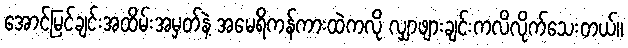
အောင်မြင်ချင်းအထိမ်းအမှတ်နဲ့ အမေရိကန်ကားထဲကလို လျှာဖျားချင်းကလိလိုက်သေးတယ်။